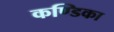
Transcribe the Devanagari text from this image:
कण्‍डिका